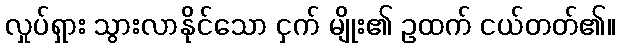
လှုပ်ရှား သွားလာနိုင်သော ငှက် မျိုး၏ ဥထက် ငယ်တတ်၏။